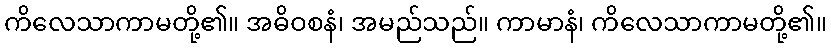
ကိလေသာကာမတို့၏။ အဓိဝစနံ၊ အမည်သည်။ ကာမာနံ၊ ကိလေသာကာမတို့၏။